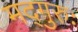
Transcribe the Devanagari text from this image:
मद्गुरुः